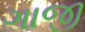
ગાજી